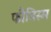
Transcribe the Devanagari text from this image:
फौविस्म